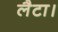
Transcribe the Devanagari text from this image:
लैटा।